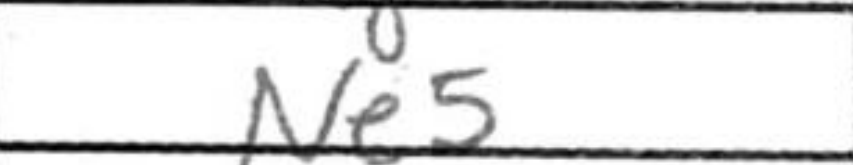
Transcription: Ne5